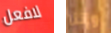
لافعل وإننا